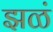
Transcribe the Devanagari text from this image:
झळं